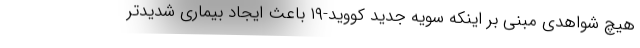
هیچ شواهدی مبنی بر اینکه سویه جدید کووید-۱۹ باعث ایجاد بیماری شدیدتر